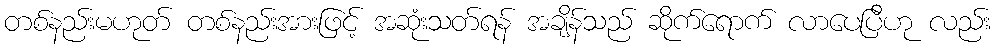
တစ်နည်းမဟုတ် တစ်နည်းအားဖြင့် အဆုံးသတ်ရန် အချိန်သည် ဆိုက်ရောက် လာပေပြီဟု လည်း